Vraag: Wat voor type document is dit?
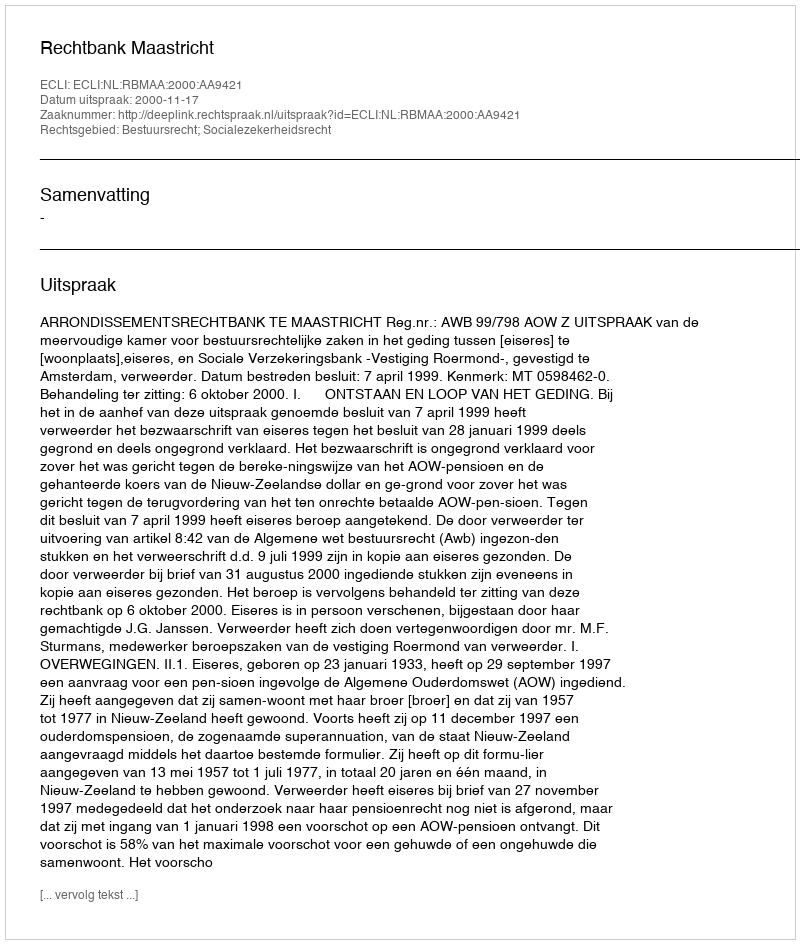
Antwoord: Uitspraak